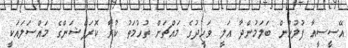
އޭސީސީއާ ފުލުހުން ބަލަމުންދާ އަލީ ވަހީދުގެ މައްޗަށް ތުހުމަތު ކުރާ ކޮރަޕްޝަންގެ މައްސަލައަކީ